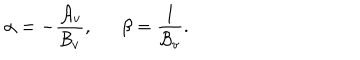
\alpha = - { \frac { { \cal A } _ { v } } { { \cal B } _ { v } } } , \, \, \, \, \, \, \, \, \, \beta = { \frac { 1 } { { \cal B } _ { v } } } .